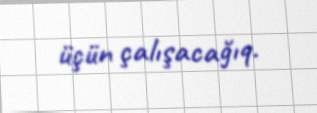
üçün çalışacağıq.